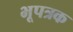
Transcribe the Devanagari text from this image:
भूपत्रक